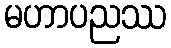
မဟာပညဿ